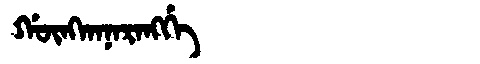
Manchu: ᡤᡡᠩᡴᠠᠨᠠᡵᠠᠩᡤᡝ
Romanization: GŪNGKANARANGGE